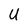
Character: U